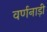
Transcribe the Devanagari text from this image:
वर्णनाड़ी